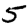
Digit: 5